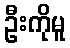
ဦးကိုမူ